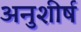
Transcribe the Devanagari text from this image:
अनुशीर्ष